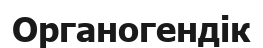
Органогендік